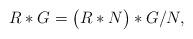
LaTeX: \begin{align*}R\ast G=\bigl( R\ast N\bigr)\ast G/N, \end{align*}